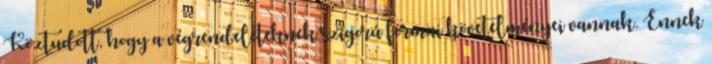
Köztudott, hogy a végrendeleteknek szigorú formai követelményei vannak. Ennek